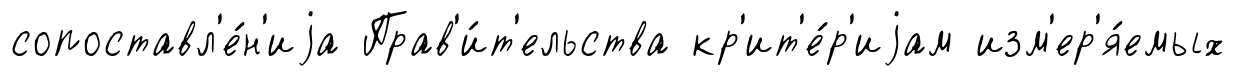
сопоставл'е́н'иjа Прав'и́т'ельства кр'ит'е́р'иjам изм'ер'я́емых